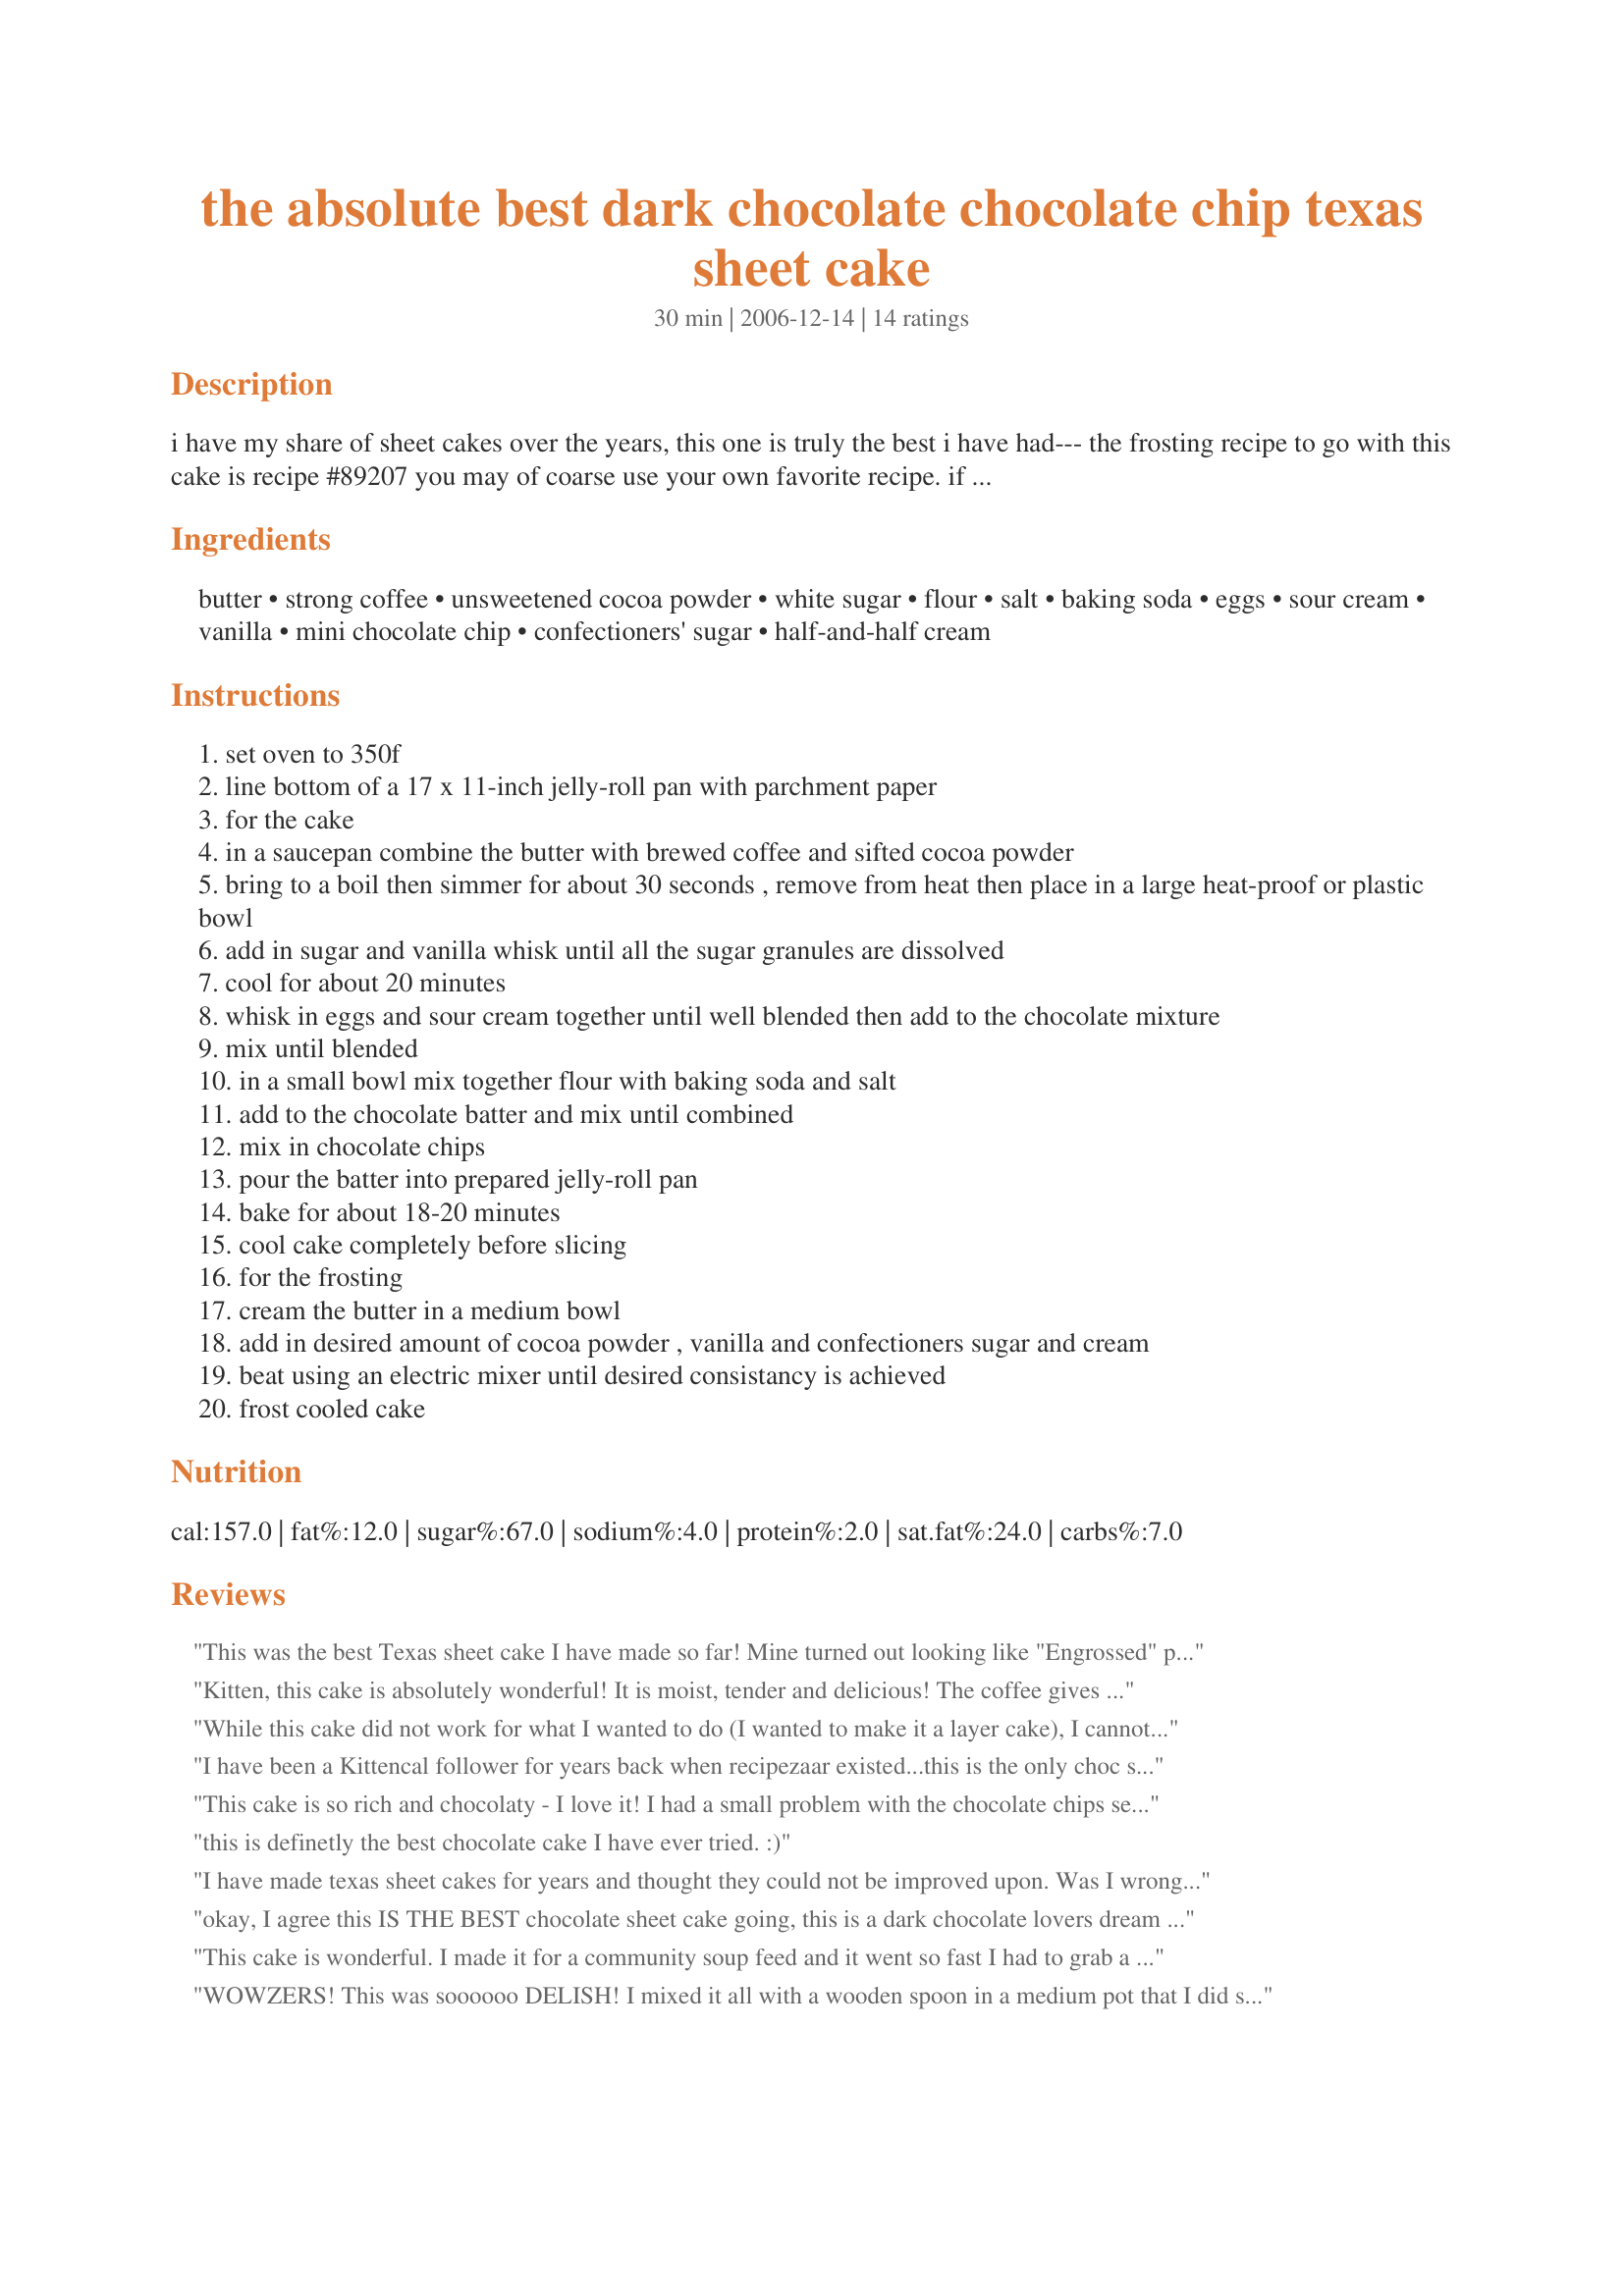
the absolute best dark chocolate chocolate chip texas sheet cake
Preparation time: 30 minutes

i have my share of sheet cakes over the years, this one is truly the best i have had--- the frosting recipe to go with this cake is recipe #89207 you may of coarse use your own favorite recipe. if you cannot make brewed coffee just use 1 heaping teaspoon of instant coffee granules dissolved in 1 cup boiling water. this makes a huge moist rich deep chocolate cake which makes it great for a potluck or a children's birthday party :)

Ingredients:
butter, strong coffee, unsweetened cocoa powder, white sugar, flour, salt, baking soda, eggs, sour cream, vanilla, mini chocolate chip, confectioners' sugar, half-and-half cream

Steps:
set oven to 350f
line bottom of a 17 x 11-inch jelly-roll pan with parchment paper
for the cake
in a saucepan combine the butter with brewed coffee and sifted cocoa powder
bring to a boil then simmer for about 30 seconds , remove from heat then place in a large heat-proof or plastic bowl
add in sugar and vanilla whisk until all the sugar granules are dissolved
cool for about 20 minutes
whisk in eggs and sour cream together until well blended then add to the chocolate mixture
mix until blended
in a small bowl mix together flour with baking soda and salt
add to the chocolate batter and mix until combined
mix in chocolate chips
pour the batter into prepared jelly-roll pan
bake for about 18-20 minutes
cool cake completely before slicing
for the frosting
cream the butter in a medium bowl
add in desired amount of cocoa powder , vanilla and confectioners sugar and cream
beat using an electric mixer until desired consistancy is achieved
frost cooled cake

Reviews:
This was the best Texas sheet cake I have made so far! Mine turned out looking like "Engrossed" picture. I made with the least amount cocoa called for, and thought it was perfect. The only thing I would change next time is to sprinkle the chips on after pouring in the pan to more evenly distribute them. Sooo delicious, and the frosting was so creamy. Thanks for posting!
Kitten, this cake is absolutely wonderful! It is moist, tender and delicious! The coffee gives the chocolate such a wonderful, rich depth of flavor. I frosted the cake with your recipe #200484. My boys are gonna love this! Thanks so much for posting.
While this cake did not work for what I wanted to do (I wanted to make it a layer cake), I cannot give it less than 5 stars because the taste was simply out of this world and since it clearly says it's a sheet cake recipe, my failure is my own fault. :) In reality, it did OK as a layer cake (baked it about 30 mins on 350 in 8x2 inch round pans), but it stuck despite liberal pan greasing so my layers weren't as uniform as I hoped. The taste was so amazing no one cared what it looked like!!! I covered it in Creamy Peanut Butter Frosting (Recipe #111131). Definitely not a daily treat if you don't want to buy a new wardrobe in a bigger size!!! But everyone who tastes it agrees it's a fabulous, decadent chocolate cake. I followed the recipe exactly except I added an extra 1/4 cup flour (hoping to make it firmer, for layer construction). It was still exceptionally moist even with the additional flour (I did use cake flour instead of all-purpose). Thanks for posting this!
I have been a Kittencal follower for years back when recipezaar existed...this is the only choc sheetcake recipe and frosting recipe I use. I have been asked every yr to make for a church I dont belong to as well as for the teachers at thw schools my children go to. For jujusmommy and anyone else, this makes an awesome half sheet cake. All you do is double the recipe and quadruplethe frosting. I use a half sheet pan, line it with the nonstick aluminum foil, spray it all with either coconut a d canoil oil, pour and bake, then trim the edges before removing from the pan, invert onto a cake board...then add frosting...then do the same with the other cooked sheet cake and carefully place on top of the now frosted base sheetcake..then frost top and sides and place in a cake box with a window (boards and box are obtainable at Michaels craft store or equivalent)...everyone thinks its a store bought cake so I make sure to write on the top of the box that its an all natural cake and list all the ingredients...folks are always in awe that I made it from scratch...it takes abour an hr and a half from start to finish (without prep or cleanup time added)
This cake is so rich and chocolaty - I love it! I had a small problem with the chocolate chips settling to the bottom of the cake, but other than that, it is DELICIOUS! I topped it with recipe#89207 and recipe#90142.
It was hard to eat only one piece!!! I will definitely make this again :)
this is definetly the best chocolate cake I have ever tried. :)
I have made texas sheet cakes for years and thought they could not be improved upon. Was I wrong! This version is fantastic. I brought some to a party and they were a huge hit. I later found out the host of the party actually hid some pieces of the cake so he could have them all to himself. I used Hershey's special dark chocolate in both the cake and the icing. Fabulous!
okay, I agree this IS THE BEST chocolate sheet cake going, this is a dark chocolate lovers dream cake, it's so moist and rich, another all-time winning recipe from Kit, you do NOT have one bad recipe, thanks again Kit
This cake is wonderful. I made it for a community soup feed and it went so fast I had to grab a piece and hide it so I could taste it. The only problem I had was that the chocolate chips seemed to "pool" in the center of the cake. The next time I make it I will give the batter a stir once it's in the pan to help mix the chips a little more. This is a recipe I will be making a lot. Thanks Kittencal.
WOWZERS! This was soooooo DELISH! I mixed it all with a wooden spoon in a medium pot that I did step 3 in. It was easy and the only problem I had was the flour was a little lumpy. But the flavor and texture of the cake turned out very nice! I REALLY recommend the suggested frosting...I made it with heavy cream and it was like a fluffy, creamy, chocolatey mousse....I was eating it with a spoon. I would like to try the cake with cinnamon in it. Thanks for this keeper recipe! Made for Zaar Tag.
I made this cake for our family reunion dinner and everyone loved it. The icing was especially good - tasted like fudge! Thanks for posting.
I made this for my daughter's class Christmas party, and it was a great. Everybody loved, parents and kids alike. Thanks for posting this great recipe.
thanks for a lovely cake recipe, just loved the icing it was devine. I needed to add more cream probably almost a cup. thanks again.chris
Surprise---another five stars for this lollapalooza of a cake! My assignment for this month&#039;s supper club was dessert, and it turned out superbly. I added a couple of tablespoons of Kahlua liqueur to the frosting, and that didn&#039;t do it a bit of harm! Another Kcal winner!
